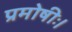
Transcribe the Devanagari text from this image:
प्रमोषीः।